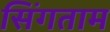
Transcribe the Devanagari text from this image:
सिंगताम